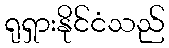
ရုရှားနိုင်ငံသည်